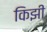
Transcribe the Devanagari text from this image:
किझी